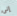
إلى